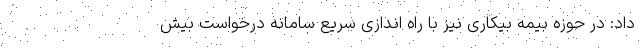
داد: در حوزه بیمه بیکاری نیز با راه اندازی سریع سامانه درخواست بیش